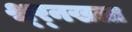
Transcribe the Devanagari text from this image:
श्र्र्नखला